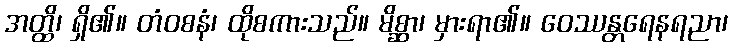
အတ္ထိ၊ ရှိ၏။ တံဝစနံ၊ ထိုစကားသည်။ မိစ္ဆာ၊ မှားရာ၏။ ဝေဿန္တရေနရညာ၊